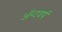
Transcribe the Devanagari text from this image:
ॲन्टवर्प